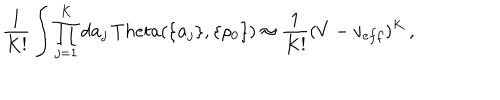
\frac { 1 } { K ! } \int \prod _ { j = 1 } ^ { K } d { \bf a } _ { j } \, T h e t a ( \{ { \bf a } _ { j } \} , \{ \rho _ { 0 } \} ) \approx \frac { 1 } { K ! } ( V - v _ { e f f } ) ^ { K } \, ,